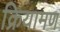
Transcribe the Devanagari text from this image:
क्रियामण